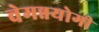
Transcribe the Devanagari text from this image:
वेमन्नयोगी